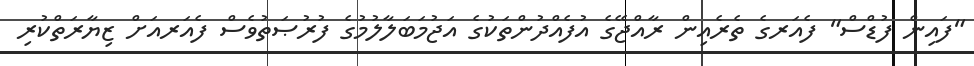
"ފައިން ފުޑްސް" ފެއަރގެ ތެރެއިން ރާއްޖޭގެ އުފެއްދުންތަކުގެ އަޖުމަބަލާލުމުގެ ފުރުޞަތުވެސް ފެއަރއަށް ޒިޔާރަތްކުރި